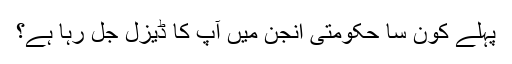
پہلے کون سا حکومتی انجن میں آپ کا ڈیزل جل رہا ہے؟